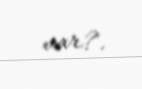
var?.